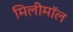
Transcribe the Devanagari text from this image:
मिलीमॉल